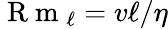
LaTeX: \mathrm{~R~m~}_{\ell}=v\ell/\eta